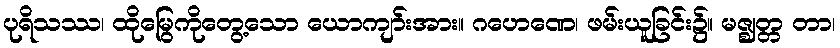
ပုရိသဿ၊ ထိုမြွေကိုတွေ့သော ယောကျာ်းအား။ ဂဟေဏေ၊ ဖမ်းယူခြင်း၌။ မဇ္ဈတ္တ တာ၊